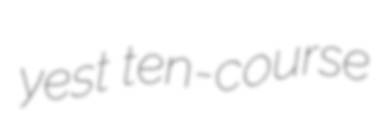
yest ten-course